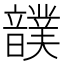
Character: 𩑀